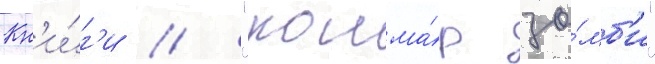
Кн'и́г'и // "кошма́р зо́мб'и"